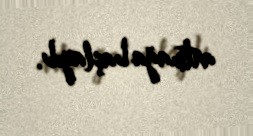
artmağa başlayıb.